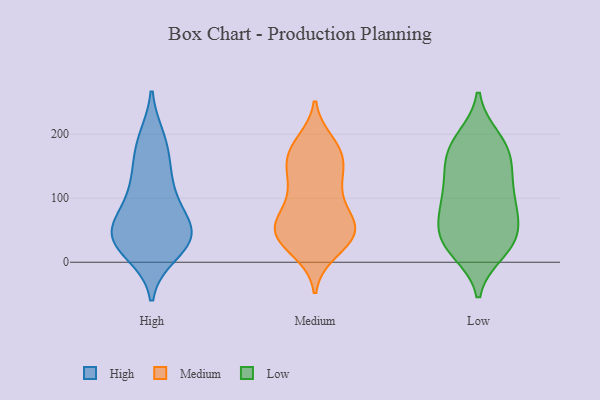
{"axis": {"x": "Conversion Rate (%)", "y": "Value"}, "legend": ["High", "Low", "Medium"], "data": [{"x": "", "y": 15, "type": "High"}, {"x": "", "y": 154, "type": "High"}, {"x": "", "y": 185, "type": "High"}, {"x": "", "y": 45, "type": "High"}, {"x": "", "y": 53, "type": "High"}, {"x": "", "y": 126, "type": "High"}, {"x": "", "y": 192, "type": "High"}, {"x": "", "y": 50, "type": "High"}, {"x": "", "y": 30, "type": "High"}, {"x": "", "y": 52, "type": "High"}, {"x": "", "y": 106, "type": "High"}, {"x": "", "y": 94, "type": "High"}, {"x": "", "y": 38, "type": "High"}, {"x": "", "y": 31, "type": "High"}, {"x": "", "y": 174, "type": "Medium"}, {"x": "", "y": 28, "type": "Medium"}, {"x": "", "y": 125, "type": "Medium"}, {"x": "", "y": 115, "type": "Medium"}, {"x": "", "y": 144, "type": "Medium"}, {"x": "", "y": 76, "type": "Medium"}, {"x": "", "y": 52, "type": "Medium"}, {"x": "", "y": 18, "type": "Medium"}, {"x": "", "y": 35, "type": "Medium"}, {"x": "", "y": 120, "type": "Medium"}, {"x": "", "y": 171, "type": "Medium"}, {"x": "", "y": 166, "type": "Medium"}, {"x": "", "y": 185, "type": "Medium"}, {"x": "", "y": 61, "type": "Medium"}, {"x": "", "y": 77, "type": "Medium"}, {"x": "", "y": 44, "type": "Medium"}, {"x": "", "y": 51, "type": "Medium"}, {"x": "", "y": 51, "type": "Medium"}, {"x": "", "y": 47, "type": "Medium"}, {"x": "", "y": 168, "type": "Medium"}, {"x": "", "y": 183, "type": "Low"}, {"x": "", "y": 40, "type": "Low"}, {"x": "", "y": 19, "type": "Low"}, {"x": "", "y": 124, "type": "Low"}, {"x": "", "y": 104, "type": "Low"}, {"x": "", "y": 194, "type": "Low"}, {"x": "", "y": 170, "type": "Low"}, {"x": "", "y": 190, "type": "Low"}, {"x": "", "y": 140, "type": "Low"}, {"x": "", "y": 16, "type": "Low"}, {"x": "", "y": 100, "type": "Low"}, {"x": "", "y": 27, "type": "Low"}, {"x": "", "y": 162, "type": "Low"}, {"x": "", "y": 30, "type": "Low"}, {"x": "", "y": 72, "type": "Low"}, {"x": "", "y": 81, "type": "Low"}, {"x": "", "y": 146, "type": "Low"}, {"x": "", "y": 52, "type": "Low"}, {"x": "", "y": 90, "type": "Low"}, {"x": "", "y": 51, "type": "Low"}]}